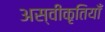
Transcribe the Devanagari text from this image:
अस्वीकृतियाँ